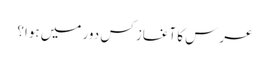
عرس کا آغاز کس دور میں ہوا؟